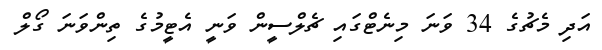
އަދި މެޗުގެ 34 ވަނަ މިނެޓްގައި ޗެލްސީން ވަނީ އެޓީމުގެ ތިންވަނަ ގޯލް